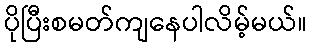
ပိုပြီးစမတ်ကျနေပါလိမ့်မယ်။